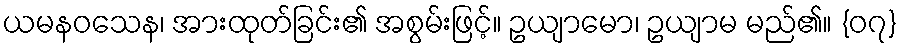
ယမနဝသေန၊ အားထုတ်ခြင်း၏ အစွမ်းဖြင့်။ ဥယျာမော၊ ဥယျာမ မည်၏။ {၀၇}